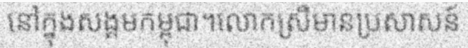
នៅក្នុងសង្គមកម្ពុជា។លោកស្រីមានប្រសាសន៍